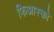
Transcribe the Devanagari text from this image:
फिआस्को